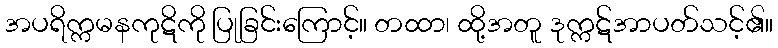
အပရိက္ကမနကုဋိကို ပြုခြင်းကြောင့်။ တထာ၊ ထို့အတူ ဒုက္ကဋ်အာပတ်သင့်၏။